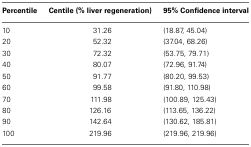
<table><thead><tr><td><b>Percentile</b></td><td><b>Centile (% liver regeneration)</b></td><td><b>95% Confidence interval</b></td></tr></thead><tbody><tr><td>10</td><td>31.26</td><td>(18.87, 45.04)</td></tr><tr><td>20</td><td>52.32</td><td>(37.04, 68.26)</td></tr><tr><td>30</td><td>72.32</td><td>(53.75, 79.71)</td></tr><tr><td>40</td><td>80.07</td><td>(72.96, 91.74)</td></tr><tr><td>50</td><td>91.77</td><td>(80.20, 99.53)</td></tr><tr><td>60</td><td>99.58</td><td>(91.80, 110.98)</td></tr><tr><td>70</td><td>111.98</td><td>(100.89, 125.43)</td></tr><tr><td>80</td><td>126.16</td><td>(113.65, 136.22)</td></tr><tr><td>90</td><td>142.64</td><td>(130.62, 185.81)</td></tr><tr><td>100</td><td>219.96</td><td>(219.96, 219.96)</td></tr></tbody></table>